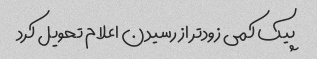
پیک کمی زودتر از رسیدن اعلام تحویل کرد